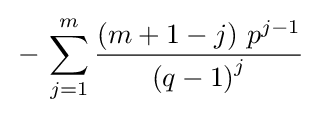
\,-\,\sum _{j=1}^{m}{\frac {\left(m+1-j\right)\,{p}^{j-1}}{\left(q-1\right)^{j}}}